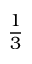
\frac 1 3